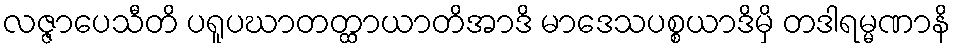
လဇ္ဇာပေသီတိ ပရူပဃာတတ္ထာယာတိအာဒိ မာဒေသပစ္စယာဒိမှိ တဒါရမ္မဏာနိ